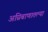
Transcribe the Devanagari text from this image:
अग्निबाणातल्या